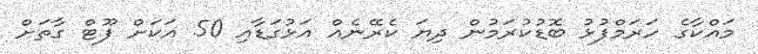
މައްކާގެ ހަރަމްފުޅު ބޮޑުކުރަމުން ދިޔަ ކެރޭނެއް އަޅުގަޑާއި 50 އަކަށް ފޫޓް ގާތަށް